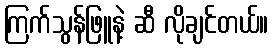
ကြက်သွန်ဖြူနဲ့ ဆီ လိုချင်တယ်။